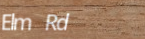
Elm Rd